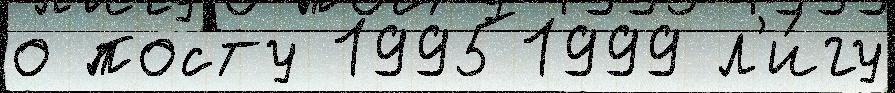
о посту 19951999 л'и́гу